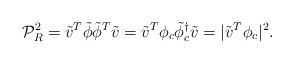
\begin{align*}{\cal P}_{R}^{2}={\tilde v}^{T} {\tilde \phi}{\tilde \phi}^{T}{\tilde v}= {\tilde v}^{T} {\phi}_{c} {\tilde \phi}_{c}^{\dagger}{\tilde v}=|{\tilde v}^{T} {\phi}_{c}|^{2}.\end{align*}